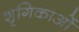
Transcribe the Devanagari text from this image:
शृगिकाओं